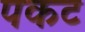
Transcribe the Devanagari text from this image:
पकट